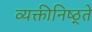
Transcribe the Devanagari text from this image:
व्यक्तीनिष्ठ्ते